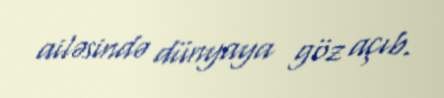
ailəsində dünyaya göz açıb.